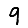
Digit: 9